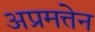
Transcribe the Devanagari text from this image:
अप्रमत्तेन